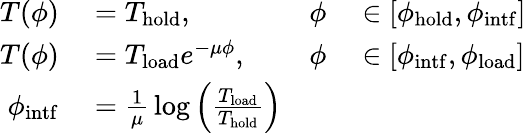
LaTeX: \begin{array}{rlrl}{T(\phi)}&{{}=T_{\mathrm{hold}},}&{\phi}&{{}\in\left[\phi_{\mathrm{hold}},\phi_{\mathrm{intf}}\right]}\\ {T(\phi)}&{{}=T_{\mathrm{load}}e^{-\mu\phi},}&{\phi}&{{}\in\left[\phi_{\mathrm{intf}},\phi_{\mathrm{load}}\right]}\\ {\phi_{\mathrm{intf}}}&{{}={\frac{1}{\mu}}\log\left({\frac{T_{\mathrm{load}}}{T_{\mathrm{hold}}}}\right)}&{}\end{array}